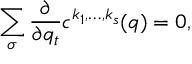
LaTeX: \sum _ { \sigma } { \frac { \partial } { \partial q _ { t } } } c ^ { k _ { 1 } , \ldots , k _ { s } } ( q ) = 0 ,